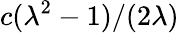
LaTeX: c(\lambda^{2}-1)/(2\lambda)